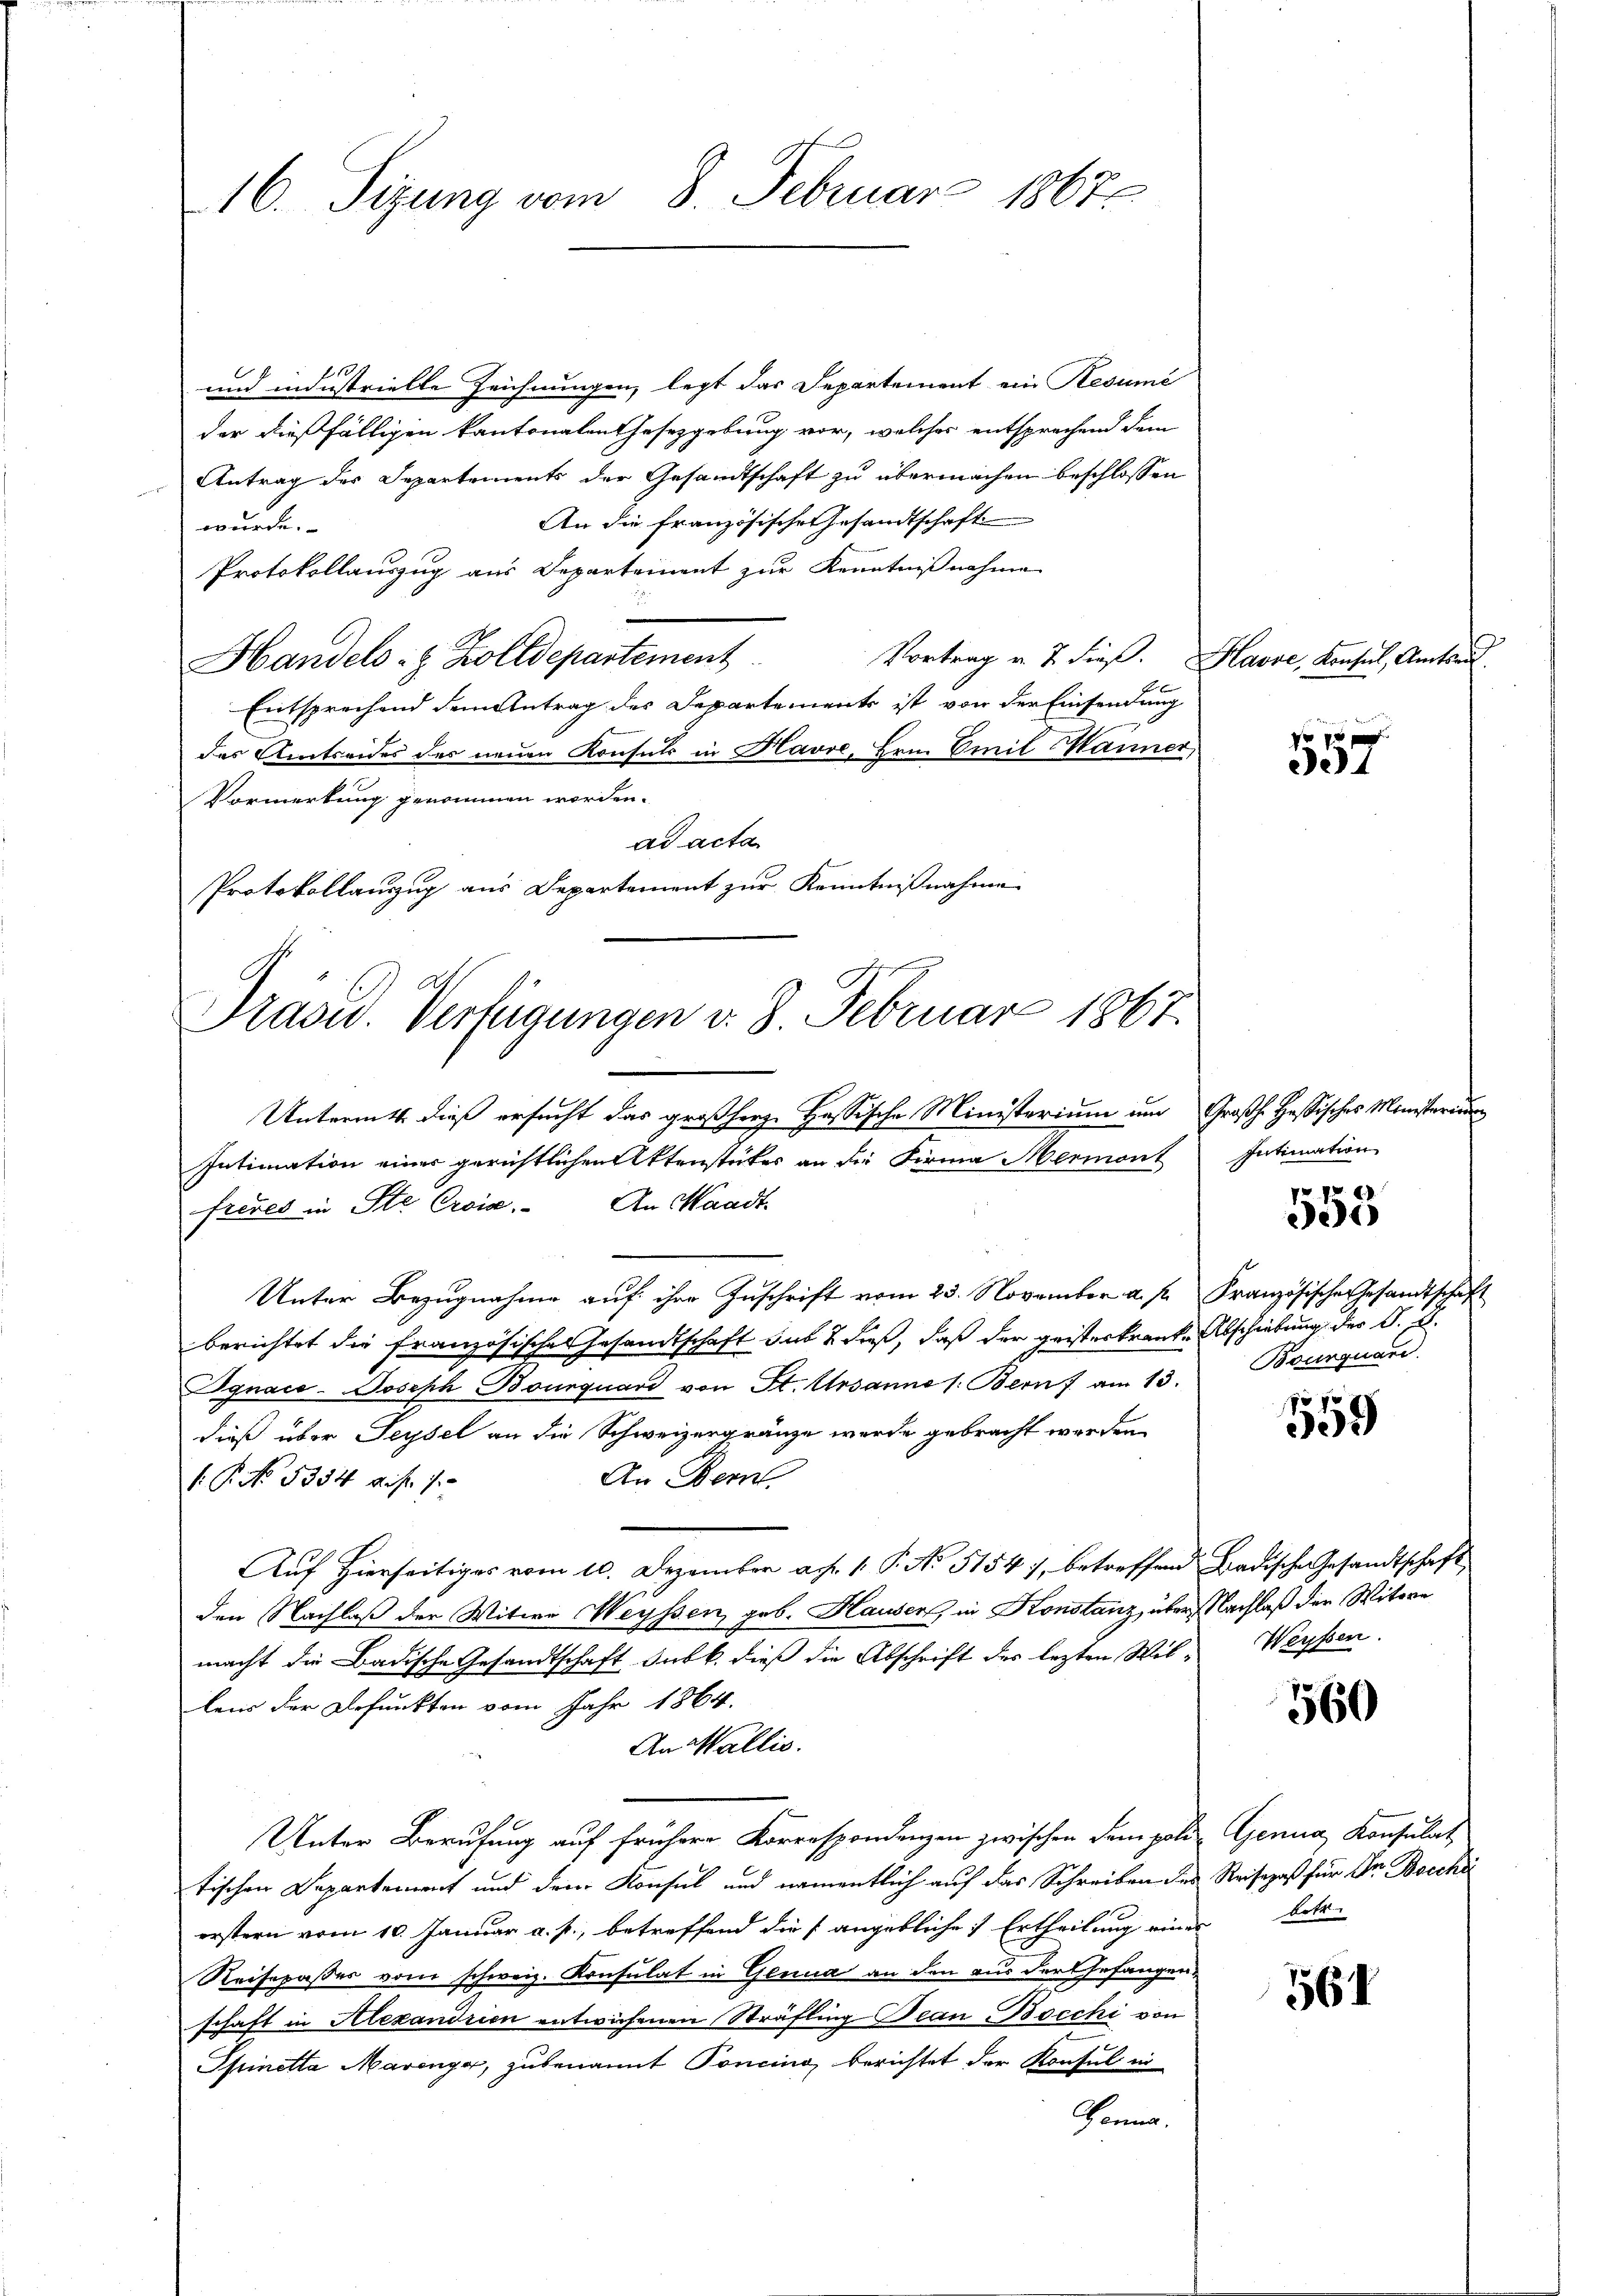
16. Sizung vom 8. Februar 1867

und industrielle Zeichnungen, legt das Departement ein Resumé
der dießfälligen Kantonalen Gesetzgebung vor, welches entsprechend dem
Antrag der Departements der Gesandtschaft zu übermachen beschlossen
An die französische Gesandtschaft
wurde.
Protokollauszug aus Departement zur Kenntnißnahme
.
Vortrag u. 2 dieß. Havre, Konsul, Amtsri
Handels- & Zolldepartement
Entsprechend dem Antrag des Departements ist von der Einsendung
das Amtseides des neuen Konsuls in Havre, Hrn. Emil Männer
Vormerkung genommen worden.
ad acta
Protokollauszug aus Departement zur Kenntnißnahme
Präsid. Verfügungen v. 8. Februar 1867.

Untermet dieß ersucht das großherze Hassische Ministerium um Großh. Hassisches Ministerium
Intimation einer gerichtlichen Aktenstückes an die Firma Mermont Intimation
freues in Ste Croia. An Waadt
Unter Bezugnahme auf ihre Zuschrift vom 23. November a. f. Französische Gesandtschaft
berichtet die französisches Gesandtschaft sub 2 dieß, daß der geisteskranke Abschiebung der G. B.
Ognace-Joseph Bourquard von St. Ursanne s. Bern am 13.
dieß über Seysel an die Schweizergränze wurde gebracht werden
An Bern.
1. P. No. 5354. d. J. J.
Auf Hierseitiges vom 10. Dezember ag. 1. P. No 5154), betreffend Badische Gesandtschaft
den Nachlaß der Witwe Weyssen, geb. Hausen, in Konstanz, über Nachlaß der Witwe
macht die Badische Gesandtschaft Subk., dieß die Abschrift des lezten Willens der Befunkten vom Jahr 1864.
An Wallis.
Unter Berufung auf frühere Korrespondenzen zwischen dem polie Genua, Konsulat
tischen Departement und dem Konsul und namentlich auf das Schreiben des Reisepaß für Dr. Bocchi
erstern vom 10. Januar a. p., betreffend die angebliche Ertheilung einer betr
Reisepasses vom schweiz. Konsulat in Genua an den aus der Gefangen,
schaft in Alexandrien entwichenen Sträfling Beau-Bocchi von
Spinetta Marenge, zubenannt Poncino berichtet der Konsul in
Banna.

557

pr. 18. E
e

Bounquare

559

Weyssen.

560

561